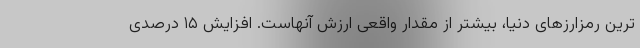
ترین رمزارزهای دنیا، بیشتر از مقدار واقعی ارزش آنهاست. افزایش ١۵ درصدی